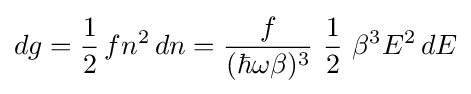
dg={\frac {1}{2}}\,fn^{2}\,dn={\frac {f}{(\hbar \omega \beta )^{3}}}~{\frac {1}{2}}~\beta ^{3}E^{2}\,dE